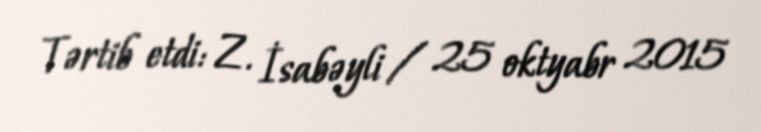
Tərtib etdi: Z. İsabəyli / 25 oktyabr 2015